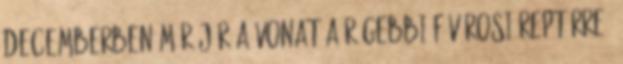
decemberben már jár a vonat a régebbi fővárosi reptérre.